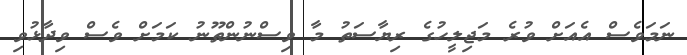
ނަމަވެސް އެއަށް ވުރެ މަޖިލީހުގެ ރިޔާސަތު މާ ވިސްނުންތޫނު ކަމަށް ވެސް ވިދާޅުވި